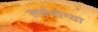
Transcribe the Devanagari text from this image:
सर्वभोग्या